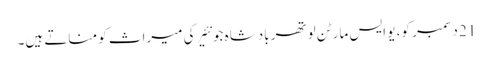
21 دسمبر کو، یو ایس مارٹن لوتھر بادشاہ جونئیر کی میراث کو مناتے ہیں۔